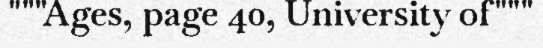
"""Ages, page 40, University of"""